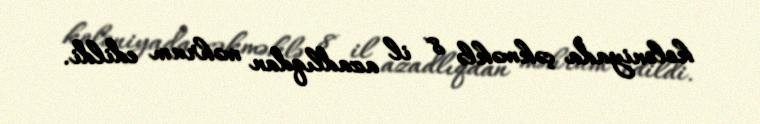
koloniyada çəkməklə 8 il azadlıqdan məhrum edildi.